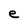
Character: e